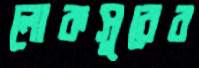
লোকসুরের